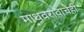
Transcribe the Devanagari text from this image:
माधवरावाचेही